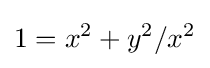
1=x^{2}+y^{2}/x^{2}